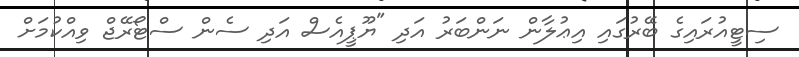
ސިޓީއުރައިގެ ބޭރުގައި އިޢުލާން ނަންބަރު އަދި "ޔޫޕީއެސް އަދި ސެން ސްޓޯރޭޖް ވިއްކުމަށް